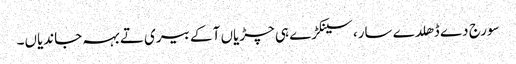
سورج دے ڈھلدے سار، سینکڑے ہی چڑیاں آ کے بیری تے بہہ جاندیاں۔